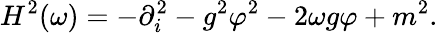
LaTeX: H^{2}(\omega)=-\partial_{i}^{2}-g^{2}\varphi^{2}-2\omega g\varphi+m^{2}.